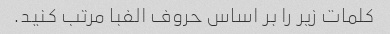
کلمات زیر را بر اساس حروف الفبا مرتب کنید.